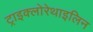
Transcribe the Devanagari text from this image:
ट्राइक्लोरेथाइलिन